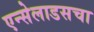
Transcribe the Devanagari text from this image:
एन्सेलाडसचा